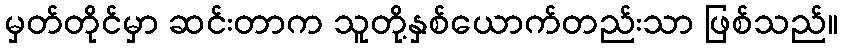
မှတ်တိုင်မှာ ဆင်းတာက သူတို့နှစ်ယောက်တည်းသာ ဖြစ်သည်။